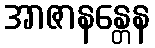
အာဇာနန္တေန